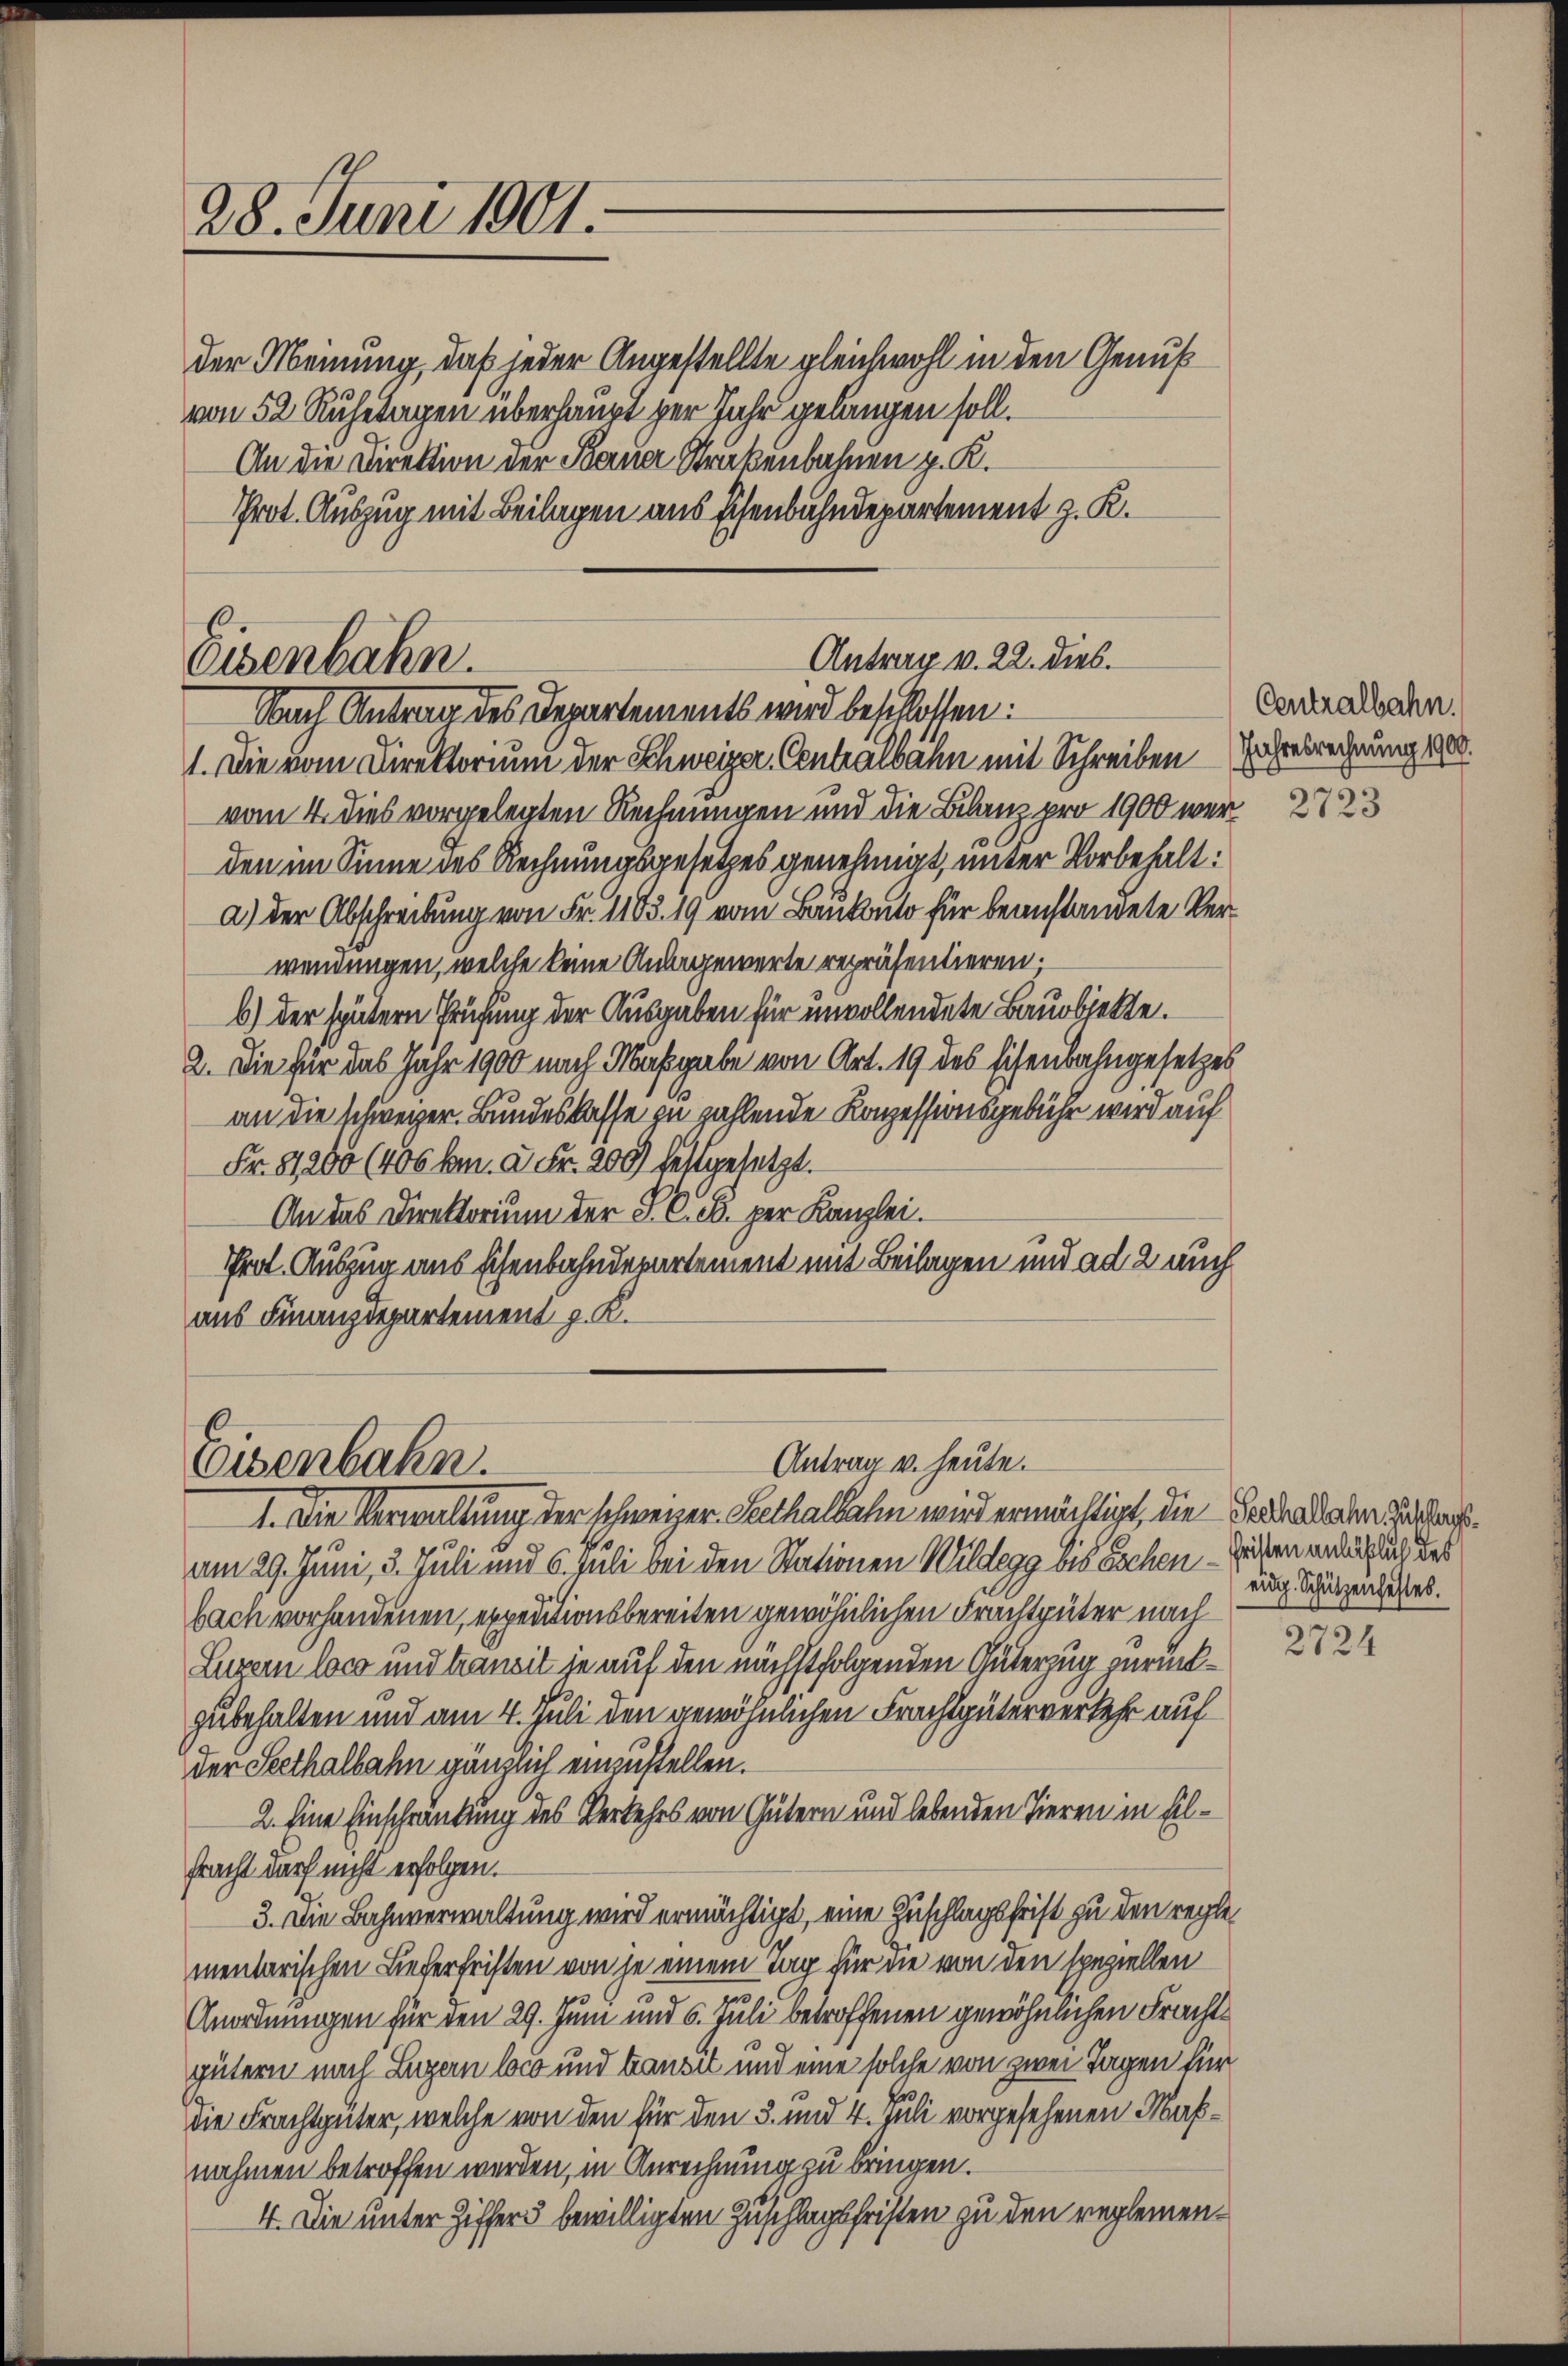
28. Juni 1901.

der Meinung, daß jeder Angestellte gleichwohl in den Genuß
von 52 Ruhetagen überhaupt per Jahr gelangen soll.
An die Direktion der Berner Straßenbahnen p. K.
Prot. Auszug mit Beilagen aus Eisenbahndepartement z. K.

Antrag v. 22. dies.
Eisenbahn.
Nach Antrag des Departements wird beschlossen:

Antrag u. heute.
Eisenbahn.

1. Die vom Direktorium der Schweizer Centralbahn mit Schreiben
vom 4. dies vorgelegten Rechnungen und die Bilanz pro 1900 war 273
den im Sinne des Rechnungsgesetzes genehmigt, unter Vorbehalt:
a.) Der Abschreibung von Fr. 1185. 19 vom Baukonto für beanstandete Verwendungen, welche keine Anlagewerte repräsentieren;
b) der spätern Prüfung der Ausgaben für unvollendete Bauobjekte.
2. Die für das Jahr 1900 nach Maßgabe von Art. 19 des Eisenbahngesetzes
an die schweizer. Bundeskasse zu zahlende Konzessionsgebühr wird auf
Fr. 581,200 (406 kn. à Fr. 200 festgesetzt.
An das Direktorium der P. C. c. per Kanzlei.
Prot. Auszug aus Eisenbahndepartement mit Beilagen und ad 2 auch
aus Finanzdepartement z. K.

1. Die Verwaltung der schweizer-Seethalbahn wird ermächtigt, die Seebada eram 29. Juni, 3. Juli und 6. Juli bei den Stationen Wildegg bis sochen – Geisten ander auch des
bach vorhandenen, expeditionsbereiten gewöhnlichen Frachtgüter nach
Luzern loco und transit je auf den nächstfolgenden Güterzug zurückzubehalten und am 4. Juli den gewöhnlichen Frachtgüterverkehr auf
der Seethalbahn gänzlich einzustellen.
2. Eine Einschränkung des Verkehrs von Gütern und lebenden Tieren in Eilfracht durch nicht erfolgen.
3. Die Bahnverwaltung wird ermächtigt, eine Zuschlagsfrist zu den reglementarischen Lieferfristen von je einem Tag für die von den speziellen
Anordnungen für den 29. Juni und 6. Juli betroffenen gewöhnlichen Frachtgütern nach Luzern loco und transit und eine solche von zwei Tagen für
die Frachtgüter, welche von den für den 3. und 4. Juli vorgesehenen Maßnaehmen betroffen werden, in Anrechnung zu bringen.
4. Die unter Ziffers bewilligten Zuschlagsfristen zu den reglemen¬

Centralbahn.
Jahresrechnung 1900.

eidg. Schützenfehles.

2724